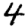
Digit: 4